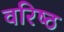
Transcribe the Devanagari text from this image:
वरिष्‍ठ